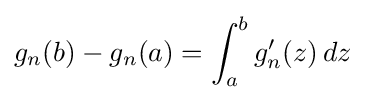
g_{n}(b)-g_{n}(a)=\int _{a}^{b}g_{n}^{\prime }(z)\,dz